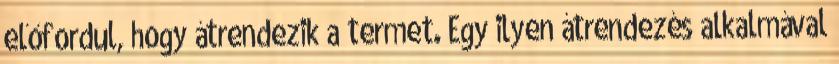
előfordul, hogy átrendezik a termet. Egy ilyen átrendezés alkalmával